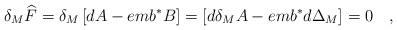
LaTeX: \begin{align*}\delta _M\widehat{F}=\delta _M\left[ dA-emb^{*}B\right] =\left[d\delta _MA-emb^{*}d\Delta _M\right] =0\quad ,\end{align*}